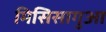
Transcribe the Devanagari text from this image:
मिसिसागुआ